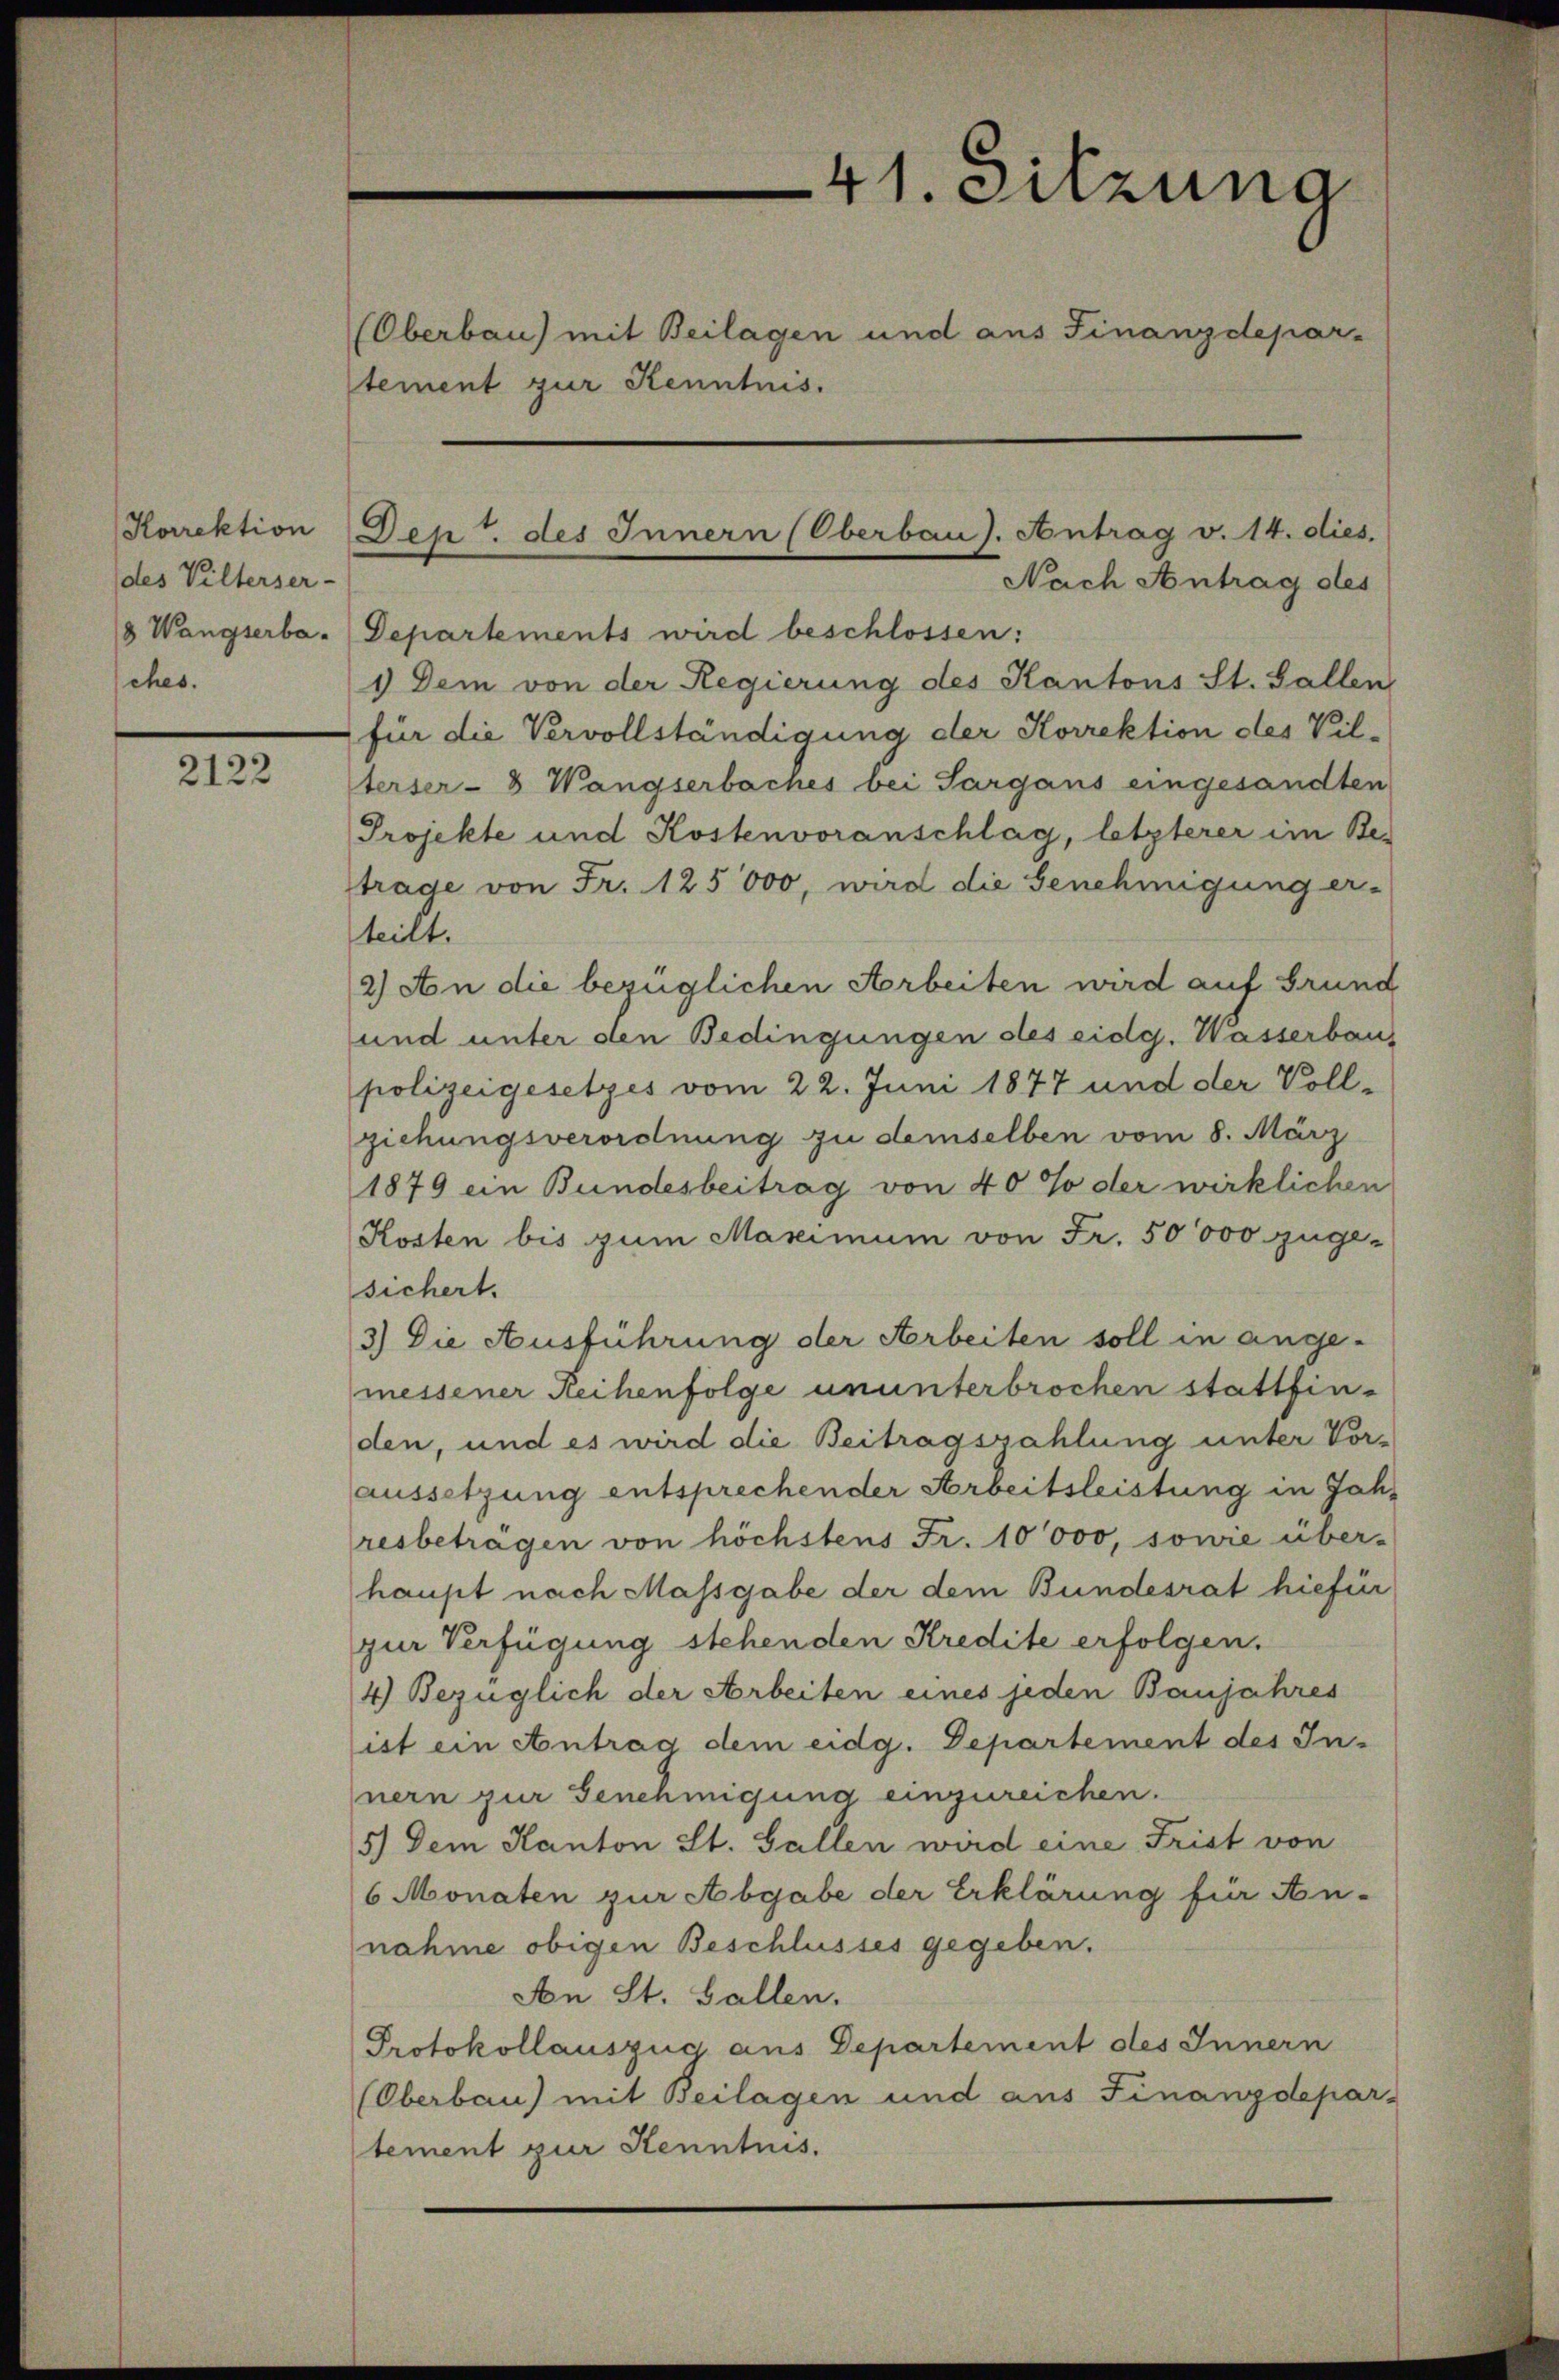
des Vilterser-
8 Wangserbasches.

2122

tement zur Kenntnis.

41. Sitzung
(Oberbau) mit Beilagen und aus Finanzdepar-

Harektion Dept. des Innern (Oberbau). Antrag v. 14. dies.
Nach Antrag des

Departements wird beschlossen:
1) Dem von der Regierung des Kantons St. Gallen
für die Vervollständigung der Korrektion des Vil-
terser- & Wangserbaches bei Sargaus eingesandten
Projekte und Kostenvoranschlag, letzterer im Be-
trage von Fr. 125000, wird die Genehmigung er-
teilt.
2) An die bezüglichen Arbeiten wird auf Grund
und unter den Bedingungen des eidg. Wasserbaus
polizeigesetzes vom 22. Juni 1877 und der Vollziehungsverordnung zu demselben vom 8. März
1879 ein Bundesbeitrag von 40 % der wirklichen
Kosten bis zum Maximum von Fr. 50000 zuge-
sichert.
3) Die Ausführung der Arbeiten soll in angemessener Reihenfolge ununterbrochen stattfinden, und es wird die Beitragszahlung unter Vor-
aussetzung entsprechender Arbeitsleistung in Jahresbeträgen von höchstens Fr. 10000, sowie über-
haupt nach Massgabe der dem Bundesrat hiefür
zur Verfügung stehenden Kredite erfolgen.
4) Bezüglich der Arbeiten eines jeden Banjahres
ist ein Antrag dem eidg. Departement des In-
nern zur Genehmigung einzureichen.
5.) Dem Kanton St. Gallen wird eine Frist von
6 Monaten zur Abgabe der Erklärung für An-
nahme obigen Beschlusses gegeben.
An St. Gallen.
Protokollauszug aus Departement des Innern
(Oberbau) mit Beilagen und aus Finanzdepar-
tement zur Kenntnis.